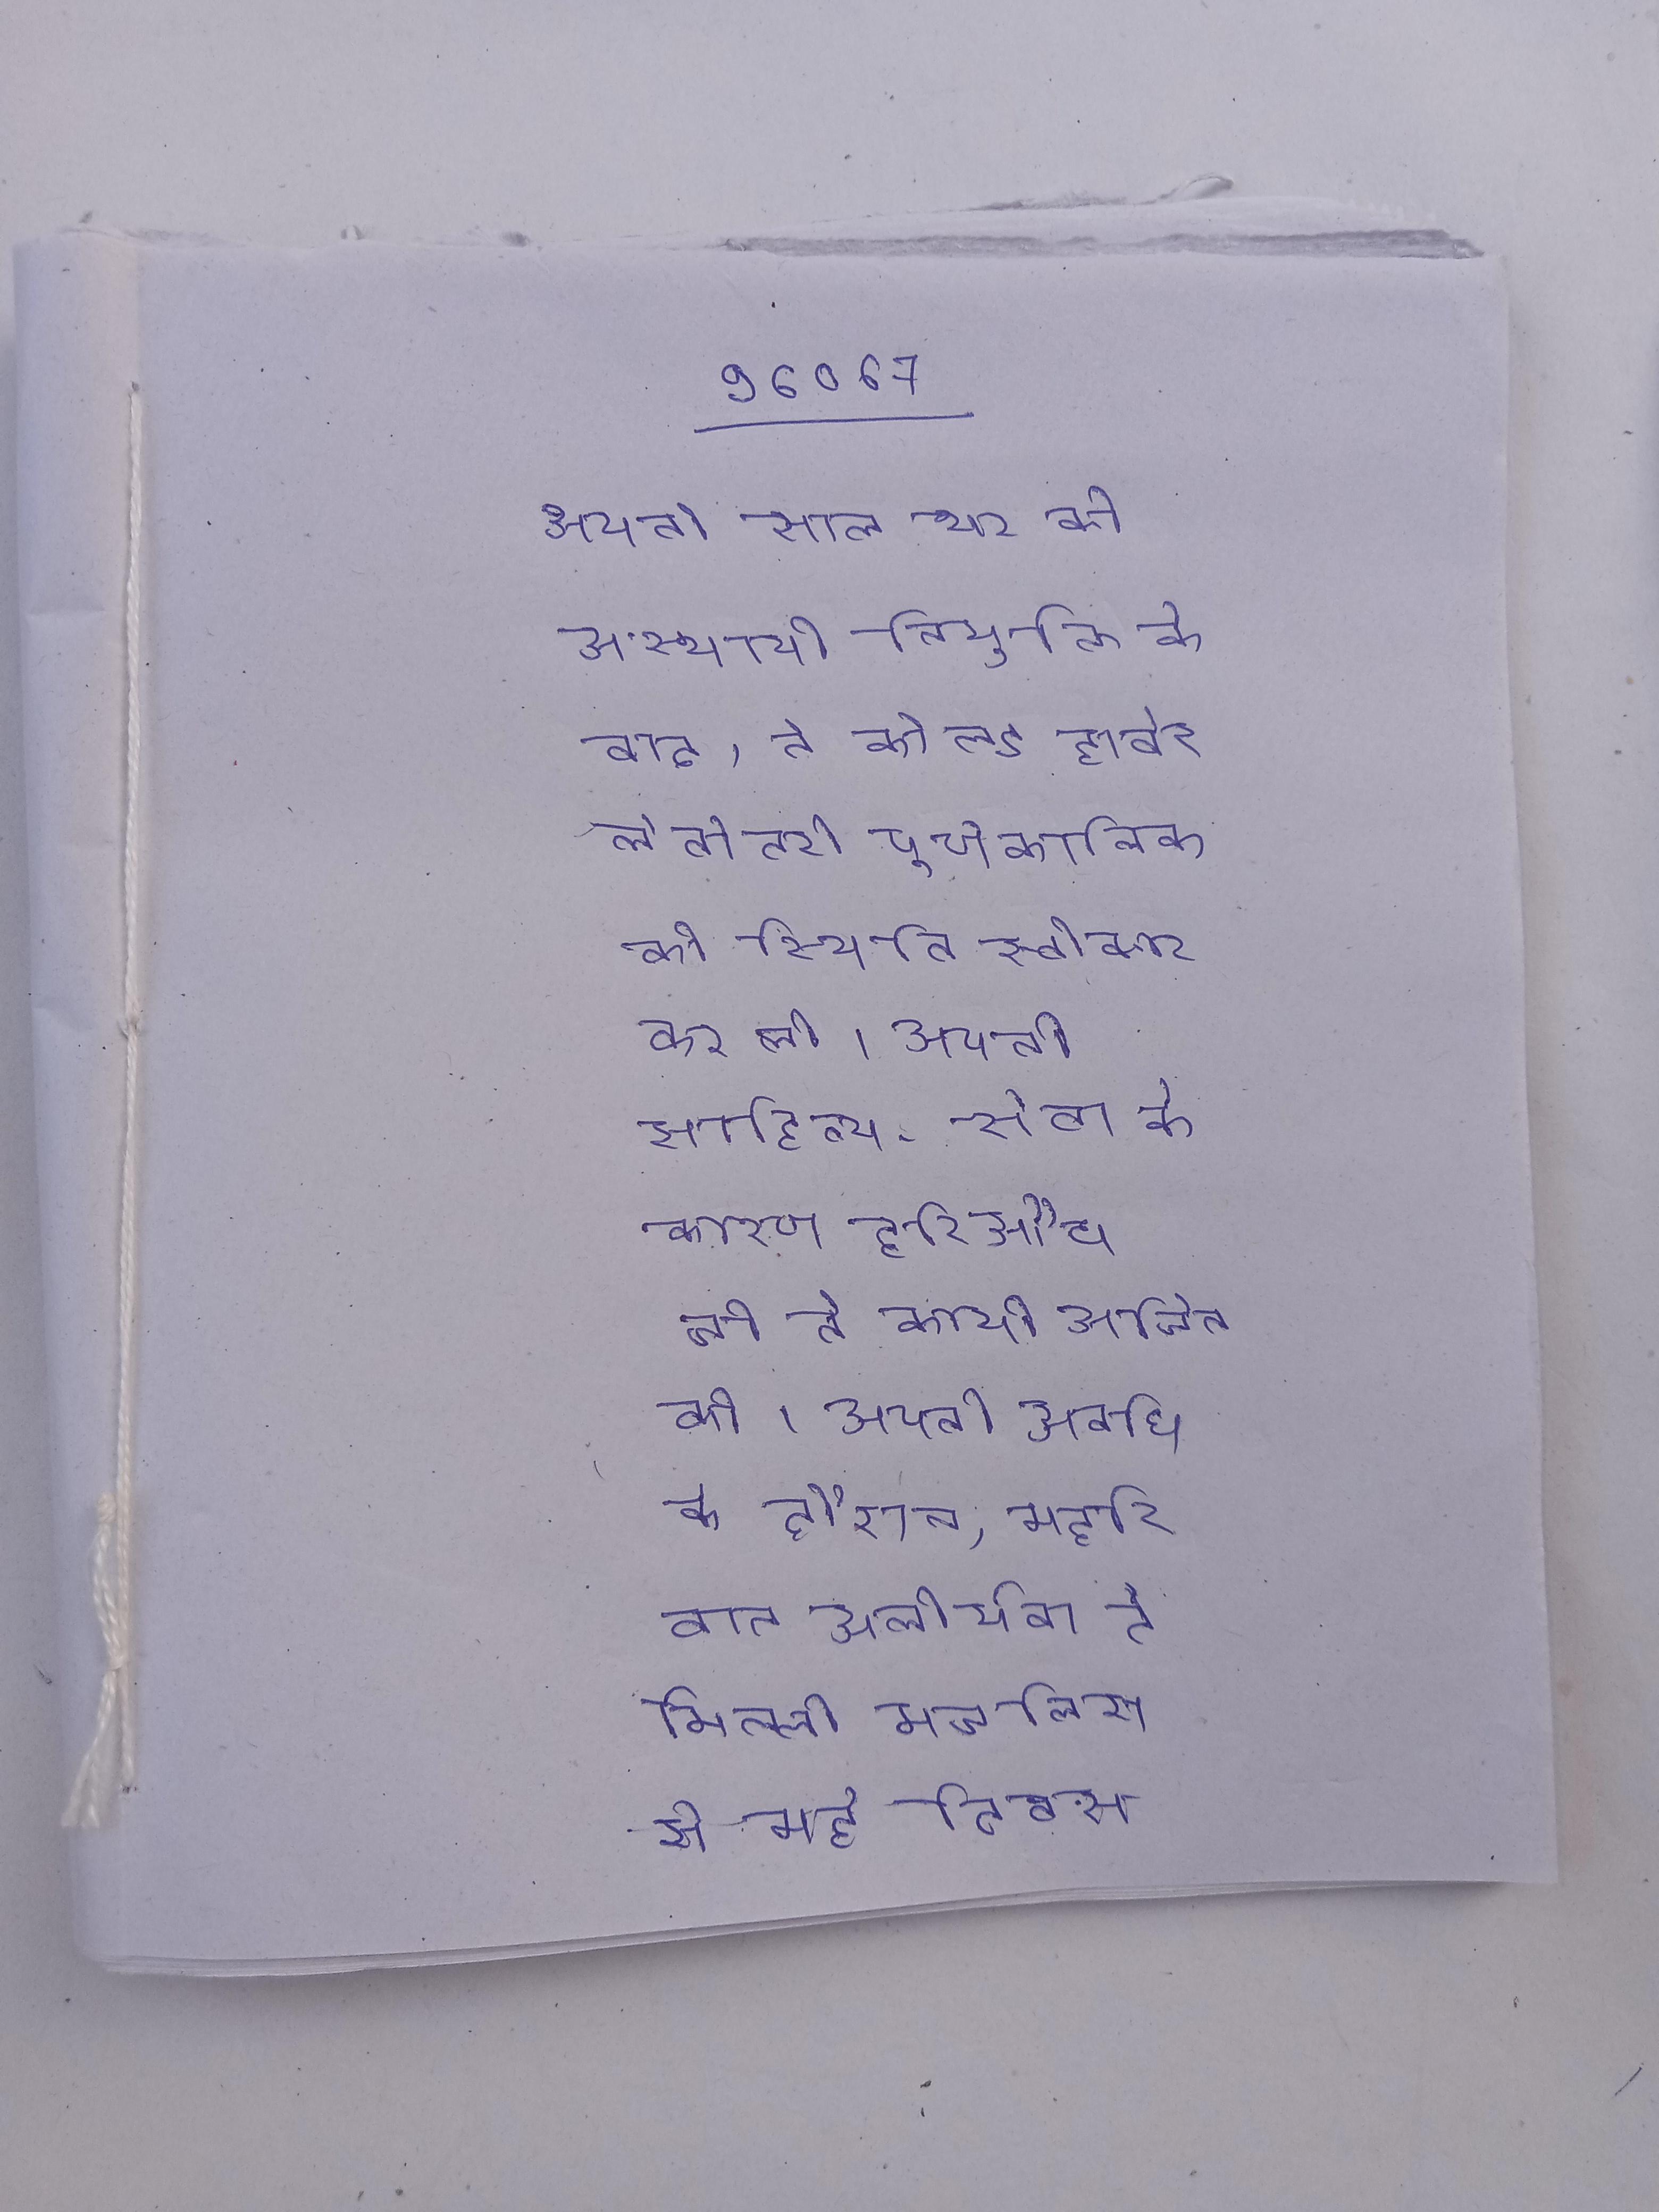
अपनी साल भर की अस्थायी नियुक्ति के बाद, ने कोल्ड हार्बर लेबोरेटरी पूर्णकालिक की स्थिति स्वीकार कर ली । अपनी साहित्य-सेवा के कारण हरिऔध जी ने काफी अर्जित की । अपनी अवधि के दौरान, मेहरिबान अलीयेवा ने मिल्ली मजलिस से मई - दिवस पर आमरण अनशन करने की अपील की ।